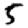
Digit: 5